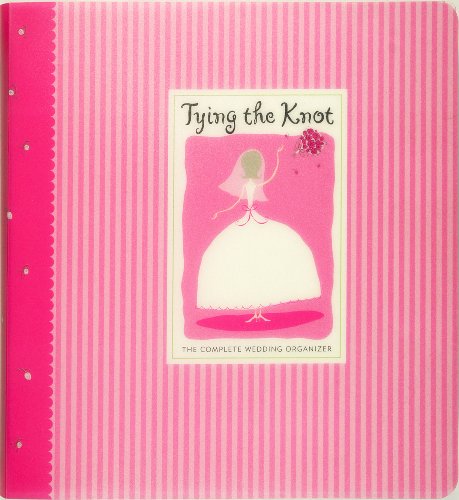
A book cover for Tying the Knot: The Complete Wedding Organizer (Wedding Planner); Sara Miller; Crafts, Hobbies & Home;